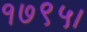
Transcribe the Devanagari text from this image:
१७९५।